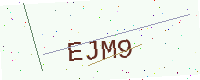
Text: EJM9